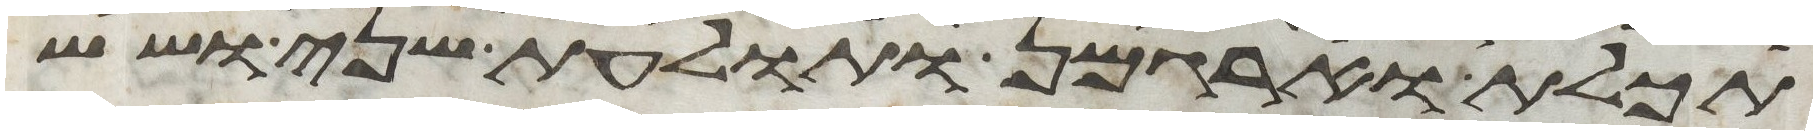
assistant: תכלת וארגמן ותולעת שני ושש